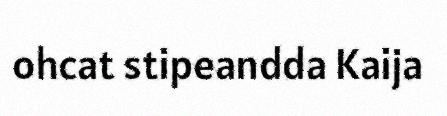
ohcat stipeandda Kaija